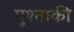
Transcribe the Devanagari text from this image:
मुश्ताकी